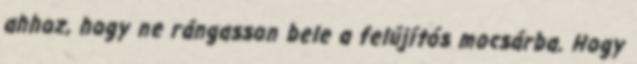
ahhoz, hogy ne rángasson bele a felújítós mocsárba. Hogy